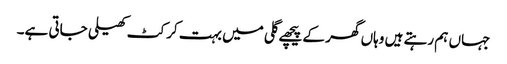
جہاں ہم رہتے ہیں وہاں گھر کے پیچھے گلی میں بہت کرکٹ کھیلی جاتی ہے۔